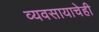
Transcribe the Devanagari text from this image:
व्यवसायाचेही